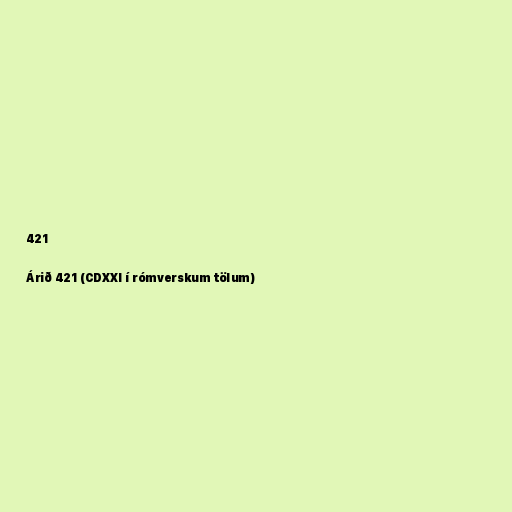
421

Árið 421 (CDXXI í rómverskum tölum)